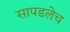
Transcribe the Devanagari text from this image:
सापडलेच